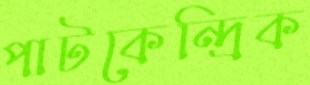
পাটকেন্দ্রিক